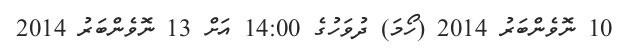
10 ނޮވެންބަރު 2014 (ހޯމަ) ދުވަހުގެ 14:00 އަށް 13 ނޮވެންބަރު 2014